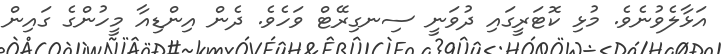
އަޅާލެވުނެވެ. މުޅި ކޮޓަރީގައި ދުވަނީ ސިނގިރޭޓް ވަހެވެ. ދެން އިންޑިއާ މީހުންގެ ގައިން